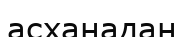
асханадан